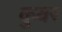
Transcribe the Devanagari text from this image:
कुवर